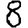
Digit: 8